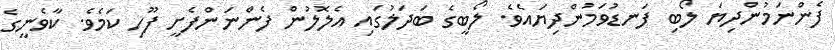
ފެންނަމުންދިޔަ ލޯބި ފަނޑުވަމުންދިޔައެވެ. ލޯބީގެ ބަދަލުގައި އެލޮލުން ފެންނަންފެށީ ފޫހި ކަމެވެ. ކާވެނީގެ